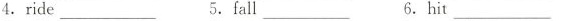
4.ride___ 5, fall ___ 6.hit ___